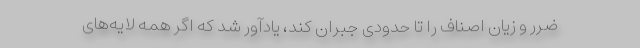
ضرر و زیان اصناف را تا حدودی جبران کند، یادآور شد که اگر همه لایه‌های